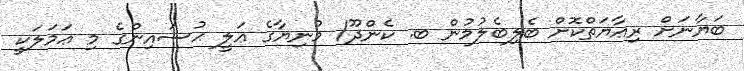
ބަޔާނަށް ރިޢާޔަތްކޮށް ބެލިބެލުމުން ބ. ކެންދޫ/ މުނިޔާގެ ޢަލީ ޙުސައިންގެ މި ޢަމަލަކީ